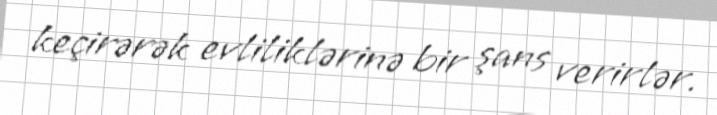
keçirərək evliliklərinə bir şans verirlər.